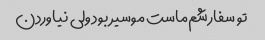
تو سفارشم‌ماست موسیر بود ولی نیاوردن